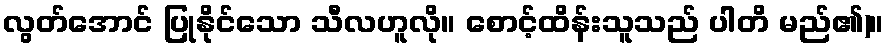
လွတ်အောင် ပြုနိုင်သော သီလဟူလို။ စောင့်ထိန်းသူသည် ပါတိ မည်၏)။